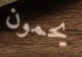
يحمون